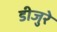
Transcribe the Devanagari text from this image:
डीजुरे